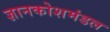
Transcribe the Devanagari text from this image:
ज्ञानकोशमंडल